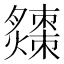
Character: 𤒗